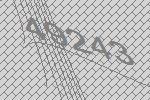
49243